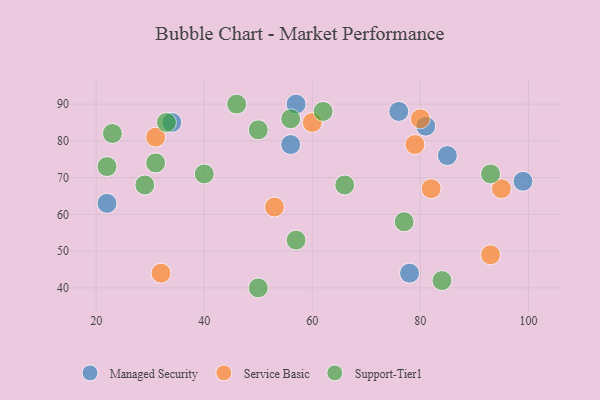
{"axis": {"x": "GDP", "y": "Life Expectancy"}, "legend": ["Managed Security", "Service Basic", "Support-Tier1"], "data": [{"x": "76", "y": 88, "type": "Managed Security"}, {"x": "34", "y": 85, "type": "Managed Security"}, {"x": "99", "y": 69, "type": "Managed Security"}, {"x": "85", "y": 76, "type": "Managed Security"}, {"x": "78", "y": 44, "type": "Managed Security"}, {"x": "57", "y": 90, "type": "Managed Security"}, {"x": "81", "y": 84, "type": "Managed Security"}, {"x": "22", "y": 63, "type": "Managed Security"}, {"x": "56", "y": 79, "type": "Managed Security"}, {"x": "93", "y": 49, "type": "Service Basic"}, {"x": "53", "y": 62, "type": "Service Basic"}, {"x": "82", "y": 67, "type": "Service Basic"}, {"x": "80", "y": 86, "type": "Service Basic"}, {"x": "31", "y": 81, "type": "Service Basic"}, {"x": "32", "y": 44, "type": "Service Basic"}, {"x": "95", "y": 67, "type": "Service Basic"}, {"x": "79", "y": 79, "type": "Service Basic"}, {"x": "60", "y": 85, "type": "Service Basic"}, {"x": "23", "y": 82, "type": "Support-Tier1"}, {"x": "57", "y": 53, "type": "Support-Tier1"}, {"x": "50", "y": 83, "type": "Support-Tier1"}, {"x": "22", "y": 73, "type": "Support-Tier1"}, {"x": "93", "y": 71, "type": "Support-Tier1"}, {"x": "66", "y": 68, "type": "Support-Tier1"}, {"x": "84", "y": 42, "type": "Support-Tier1"}, {"x": "77", "y": 58, "type": "Support-Tier1"}, {"x": "31", "y": 74, "type": "Support-Tier1"}, {"x": "50", "y": 40, "type": "Support-Tier1"}, {"x": "62", "y": 88, "type": "Support-Tier1"}, {"x": "56", "y": 86, "type": "Support-Tier1"}, {"x": "40", "y": 71, "type": "Support-Tier1"}, {"x": "29", "y": 68, "type": "Support-Tier1"}, {"x": "33", "y": 85, "type": "Support-Tier1"}, {"x": "46", "y": 90, "type": "Support-Tier1"}]}